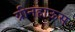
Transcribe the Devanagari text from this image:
ग्रीनहाऊस